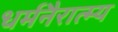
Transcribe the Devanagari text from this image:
धर्मनैरात्म्य